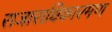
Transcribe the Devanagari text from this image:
राजाराधिकारमण